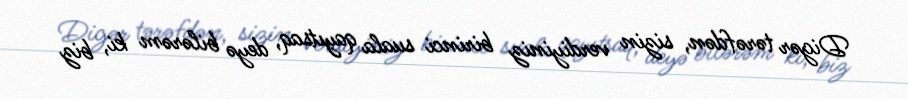
Digər tərəfdən, sizin verdiyiniz birinci suala qayıtsaq, deyə bilərəm ki, biz